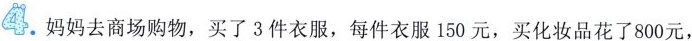
4. 妈妈去商场购物，买了3件衣服，每件衣服150元，买化妆品花了800元，